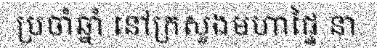
ប្រចាំឆ្នាំ នៅក្រសួងមហាផ្ទៃ នា